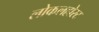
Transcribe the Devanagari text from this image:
लोकलहोस्ट